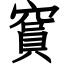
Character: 䆬